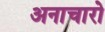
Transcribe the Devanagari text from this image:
अनाचारो